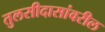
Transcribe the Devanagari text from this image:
तुलसीदासांवरील